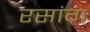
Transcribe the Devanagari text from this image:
रसांग